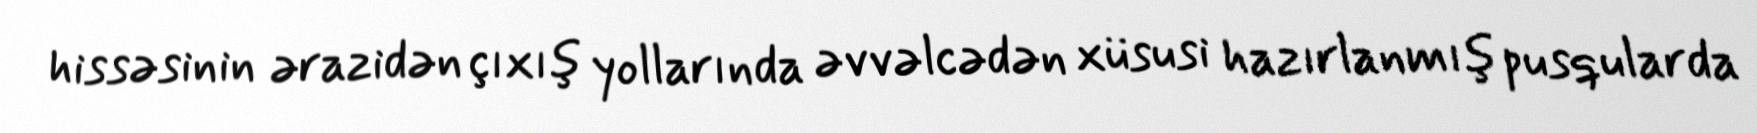
hissəsinin ərazidən çıxış yollarında əvvəlcədən xüsusi hazırlanmış pusqularda